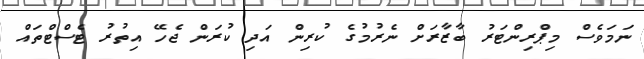
ނަމަވެސް މިޕްރިންޓަރު ބާޒާރަށް ނެރުމުގެ ކުރިން އަދި ކުރަން ޖެހޭ އިތުރު ޓެސްޓްތައް